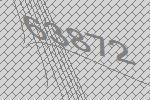
63872